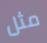
مثل